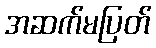
အဆက်မပြတ်